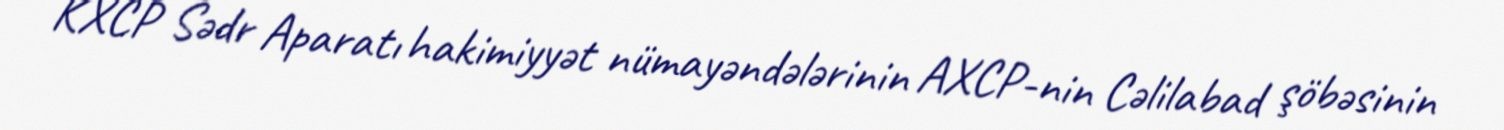
KXCP Sədr Aparatı hakimiyyət nümayəndələrinin AXCP-nin Cəlilabad şöbəsinin